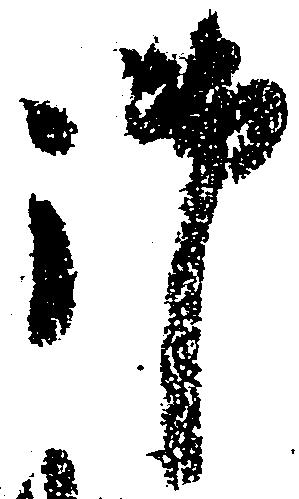
御